Annual administration report of the Civil Veterinary Department of India - 1895-1896
Year: 1895
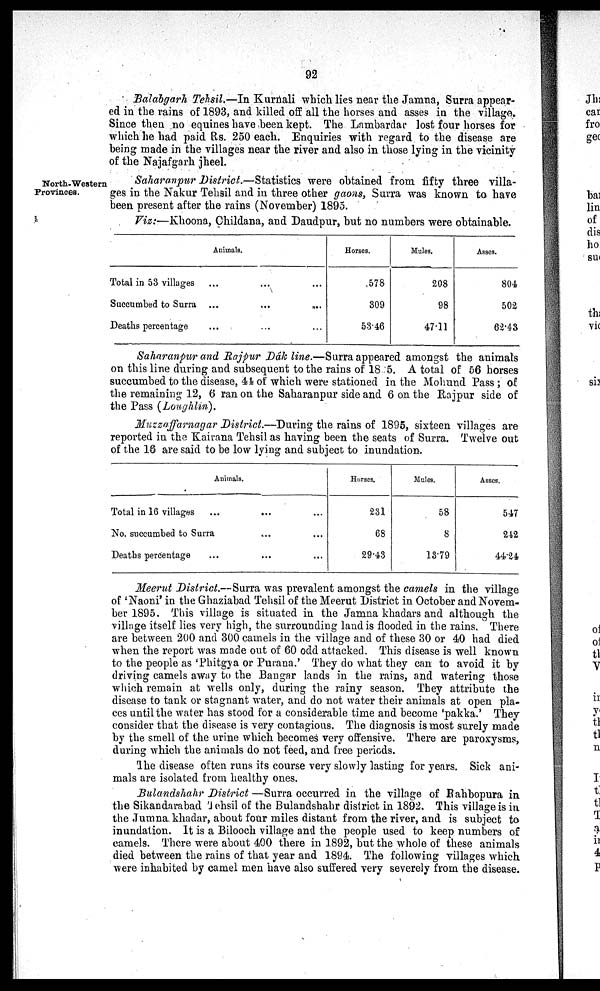
92
Balabgarh Tehsil.—In Kurnali which lies near the Jamna, Surra appear-
ed in the rains of 1893, and killed off all the horses and asses in the village.
Since then no equines have been kept. The Lambardar lost four horses for
which he had paid Rs. 250 each. Enquiries with regard to the disease are
being made in the villages near the river and also in those lying in the vicinity
of the Najafgarh jheel.
North-Western
Provinces.
Saharanpur District.—Statistics were obtained from fifty three villa-
ges in the Nakur Tehsil and in three other gaons, Surra was known to have
been present after the rains (November) 1895.
Viz:—Khoona, Childana, and Daudpur, but no numbers were obtainable.
Animals.
Total in 53 villages
...
...
...
Succumbed to Surra ...
...
...
Deaths percentage
...
...
...
Horses.
578
309
53.46
Mules.
208
98
47.11
Asses.
804
502
62.43
Saharanpur and Rajpur Dâk line.—Surra appeared amongst the animals
on this line during and subsequent to the rains of 18 5. A total of 56 horses
succumbed to the disease, 44 of which were stationed in the Mohund Pass; of
the remaining 12, 6 ran on the Saharanpur side and 6 on the Rajpur side of
the Pass (Loughlin).
Muzzaffarnagar District.—During the rains of 1895, sixteen villages are
reported in the Kairana Tehsil as having been the seats of Surra. Twelve out
of the 18 are said to be low lying and subject to inundation.
Animals.
Total in 16 villages
...
...
...
No. succumbed to Surra
...
...
Deaths percentage
...
...
Horses.
231
68
29.43
Mules.
58
8
13.79
Asses.
547
242
44.24
Meerut District.—Surra was prevalent amongst the camels in the village
of 'Naoni' in the Ghaziabad Tehsil of the Meerut District in October and Novem-
ber 1895. This village is situated in the Jamna khadars and although the
village itself lies very high, the surrounding land is flooded in the rains. There
are between 200 and 300 camels in the village and of these 30 or 40 had died
when the report was made out of 60 odd attacked. This disease is well known
to the people as 'Phitgya or Purana.' They do what they can to avoid it by
driving camels away to the Bangar lands in the rains, and watering those
which remain at wells only, during the rainy season. They attribute the
disease to tank or stagnant water, and do not water their animals at open pla-
ces until the water has stood for a considerable time and become 'pakka.' They
consider that the disease is very contagious. The diagnosis is most surely made
by the smell of the urine which becomes very offensive. There are paroxysms,
during which the animals do not feed, and free periods.
The disease often runs its course very slowly lasting for years. Sick ani-
mals are isolated from healthy ones.
Bulandshahr District—Surra occurred in the village of Rahbopura in
the Sikandarabad Tehsil of the Bulandshahr district in 1892. This village is in
the Jumna khadar, about four miles distant from the river, and is subject to
inundation. It is a Bilooch village and the people used to keep numbers of
camels. There were about 400 there in 1892, but the whole of these animals
died between the rains of that year and 1894. The following villages which
were inhabited by camel men have also suffered very severely from the disease.